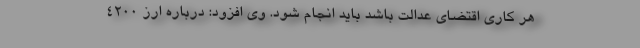
هر کاری اقتضای عدالت باشد باید انجام شود. وی افزود: درباره ارز ۴۲۰۰